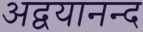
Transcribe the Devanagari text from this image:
अद्वयानन्द